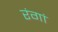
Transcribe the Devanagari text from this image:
रंगां